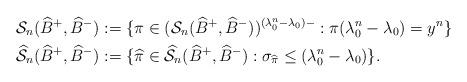
LaTeX: \begin{align*}{\cal S}_n(\widehat{B}^+, \widehat{B}^-) & := \{\pi \in ({\cal S}_n(\widehat{B}^+, \widehat{B}^-))^{(\lambda^n_0 - \lambda_0)-}: \pi(\lambda^n_0 - \lambda_0) = y^n \}\\\widehat{\cal S}_n(\widehat{B}^+, \widehat{B}^-) & := \{\widehat{\pi} \in \widehat{\cal S}_n(\widehat{B}^+, \widehat{B}^-): \sigma_{\widehat{\pi}} \leq (\lambda^n_0 - \lambda_0)\}.\end{align*}